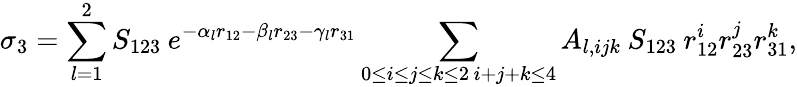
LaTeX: \sigma_{3}=\sum_{l=1}^{2}S_{123}\: e^{-\alpha_{l}r_{12}-\beta_{l}r_{23}-\gamma_{l}r_{31}}\sum_{\substack{0\le i\le j\le k\le 2\, i+j+k\le 4}}A_{l,ijk}\: S_{123}\: r_{12}^{i}r_{23}^{j}r_{31}^{k},